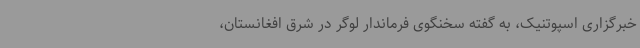
خبرگزاری اسپوتنیک، به گفته سخنگوی فرماندار لوگر در شرق افغانستان،